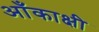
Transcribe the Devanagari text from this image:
आँकाक्षी